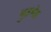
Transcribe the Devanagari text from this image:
मुठभेंड